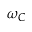
\omega _ { C }